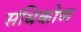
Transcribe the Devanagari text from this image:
संधिकोण